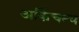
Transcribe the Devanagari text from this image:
अकिंचन्य